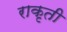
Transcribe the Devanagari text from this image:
राकृती